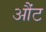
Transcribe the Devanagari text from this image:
औंट